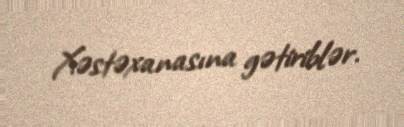
Xəstəxanasına gətiriblər.